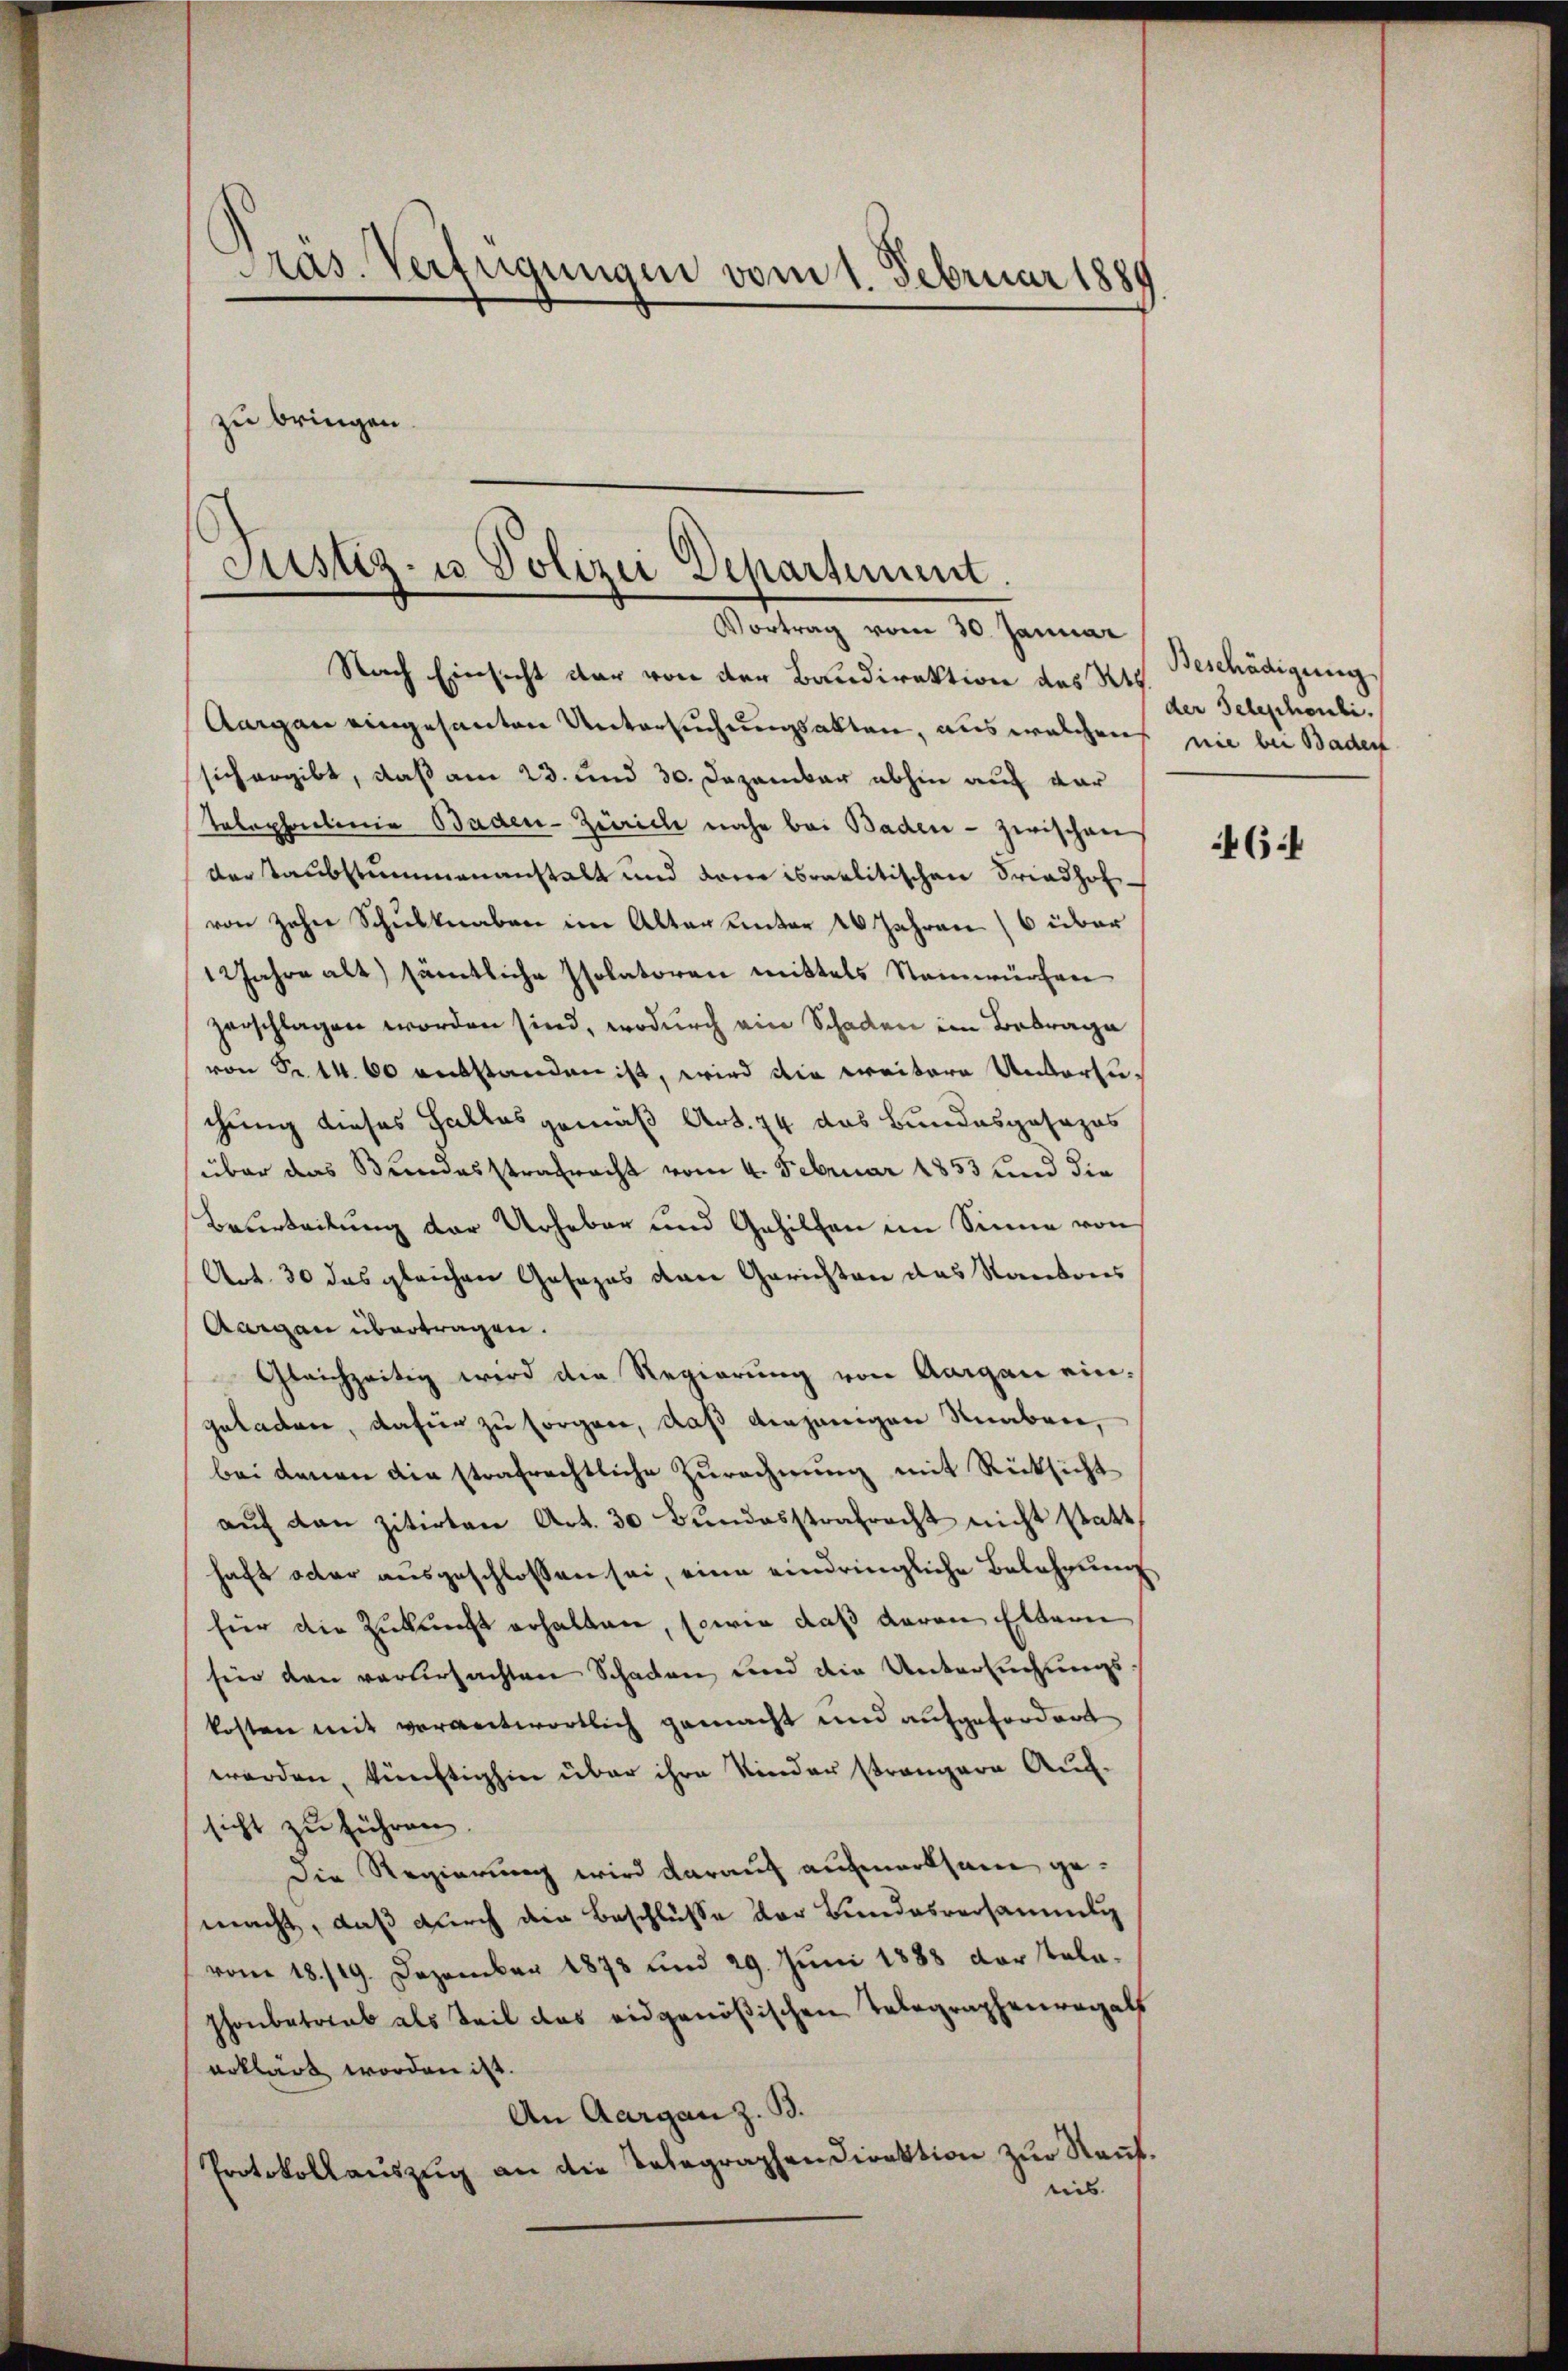
Präs. Verfügungen vom 1. Februar 1889

Justiz- u Polizei Departement.
Vortrag vom 30. Januar
Nach Einsicht der von der Baudirektion des Res.

zu bringen.

Aargau eingesanten Untersuchungsakten, aus welchens nie bei Baden
sich ergibt, daß am 23. und 30. Dezember abhin auf vor
Telephonlinie Baden-Zürich nahe bei Baden - zwischen
der Taubstummenanstalt und dere israelitischen Friedhofvon zehn Schulknaben im Alter unter 20 Jahren (6 über
1 Jahre alt) sämtliche Isolatoren mittels Steinwürfen
zerschlagen worden sind, wodurch ein Schaden im Betrage
von Fr. 14. 60 entstanden ist, wird die weitere Unterzuchung dieses Haltes gemäß Art. 74 das Bundesgesezes
über das Bundesstrafracht vom 4. Februar 1853 und die
Beurteilung der Urheber und Gehilfen im Sinne von
Art. 30 das gleichen Gesezes der Gerichten das Kantons
Aargau übertragen.
Gleichzeitig wird die Regierung von Aargau eingeladen, dafür zu sorgen, daß diejenigen Knaben,
bei denen die strafrechtliche Zurechnung mit Rücksicht
aŭf dan zitirten Art. 30 Bŭndesstrafrecht nicht statt,
haft octor ausgeschlossen sei, eine eindringliche Belehrung
für die Zukunft erhalten, sowie daß davon Ettern
sein den verursachten Schaden und die Untersuchungskosten mit verantwortlich gemacht und aufgefordert
werden, künftighin über ihre Kinder strangern Aufsicht zu führen.
Die Regierung wird darauf aufmerksam gemacht, daß durch die Beschlüsse der Bundesversammli
vom 18./19. Dezember 1878 und 29. Jŭni 1888 der Tala-
phonbetrieb als Teil das eidgenößischen Telegraphenregals
erklärt worden ist.
An Aargau z. B.
Protokollaŭszŭg an die Telegraphen Direktion zŭr Nant.
riis

Beschädigung
der Seheschauli.

64